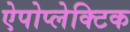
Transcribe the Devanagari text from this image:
ऐपोप्लेक्टिक